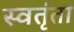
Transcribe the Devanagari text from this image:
स्वतृंता